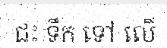
ជះ ទឹក ទៅ លើ